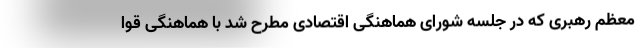
معظم رهبری که در جلسه شورای هماهنگی اقتصادی مطرح شد با هماهنگی قوا